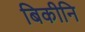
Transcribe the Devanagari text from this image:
बिकीनि